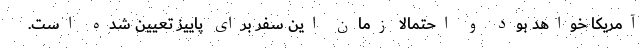
آمریکا خواهد بود و احتمالا زمان این سفر برای پاییز تعیین شده است.